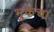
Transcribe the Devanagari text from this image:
भुकेचा